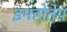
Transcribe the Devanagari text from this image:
इमहोतेप